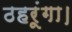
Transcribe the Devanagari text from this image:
ठहरूंगा।